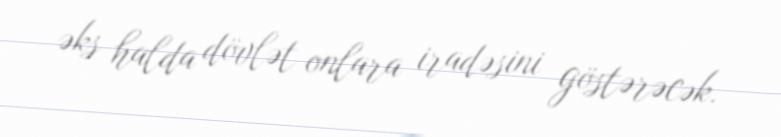
əks halda dövlət onlara iradəsini göstərəcək.